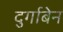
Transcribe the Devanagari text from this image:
दुर्गाबेन